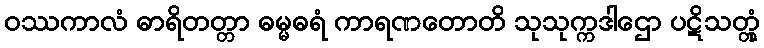
ဝဿကာလံ ဓာရိတတ္တာ ဓမ္မဓရံ ကာရဏတောတိ သုသုက္ကဒါဌော ပဋိသတ္တုံ